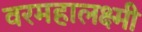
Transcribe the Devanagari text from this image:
वरमहालक्ष्मी